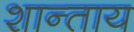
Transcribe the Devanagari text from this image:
शान्ताय